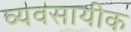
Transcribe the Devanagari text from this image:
व्यवसायीक